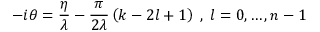
- i \theta = \frac { \eta } { \lambda } - \frac { \pi } { 2 \lambda } \left( k - 2 l + 1 \right) \; , \; l = 0 , \dots , n - 1